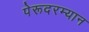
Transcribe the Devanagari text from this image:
पेरूदरम्यान